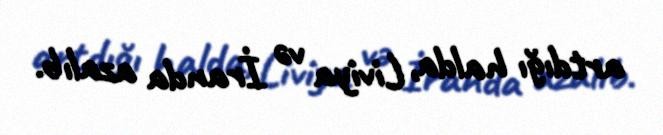
artdığı halda, Liviya və İranda azalıb.